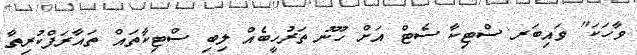
ވާހަކަ" ވައިބަރ ސްޓިކާ ސެޓް އަށް ހޫނު ތަރުހީބެއް ލިބި ސްޓިކާތައް ތައާރަފްކުރިތާ